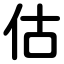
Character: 估